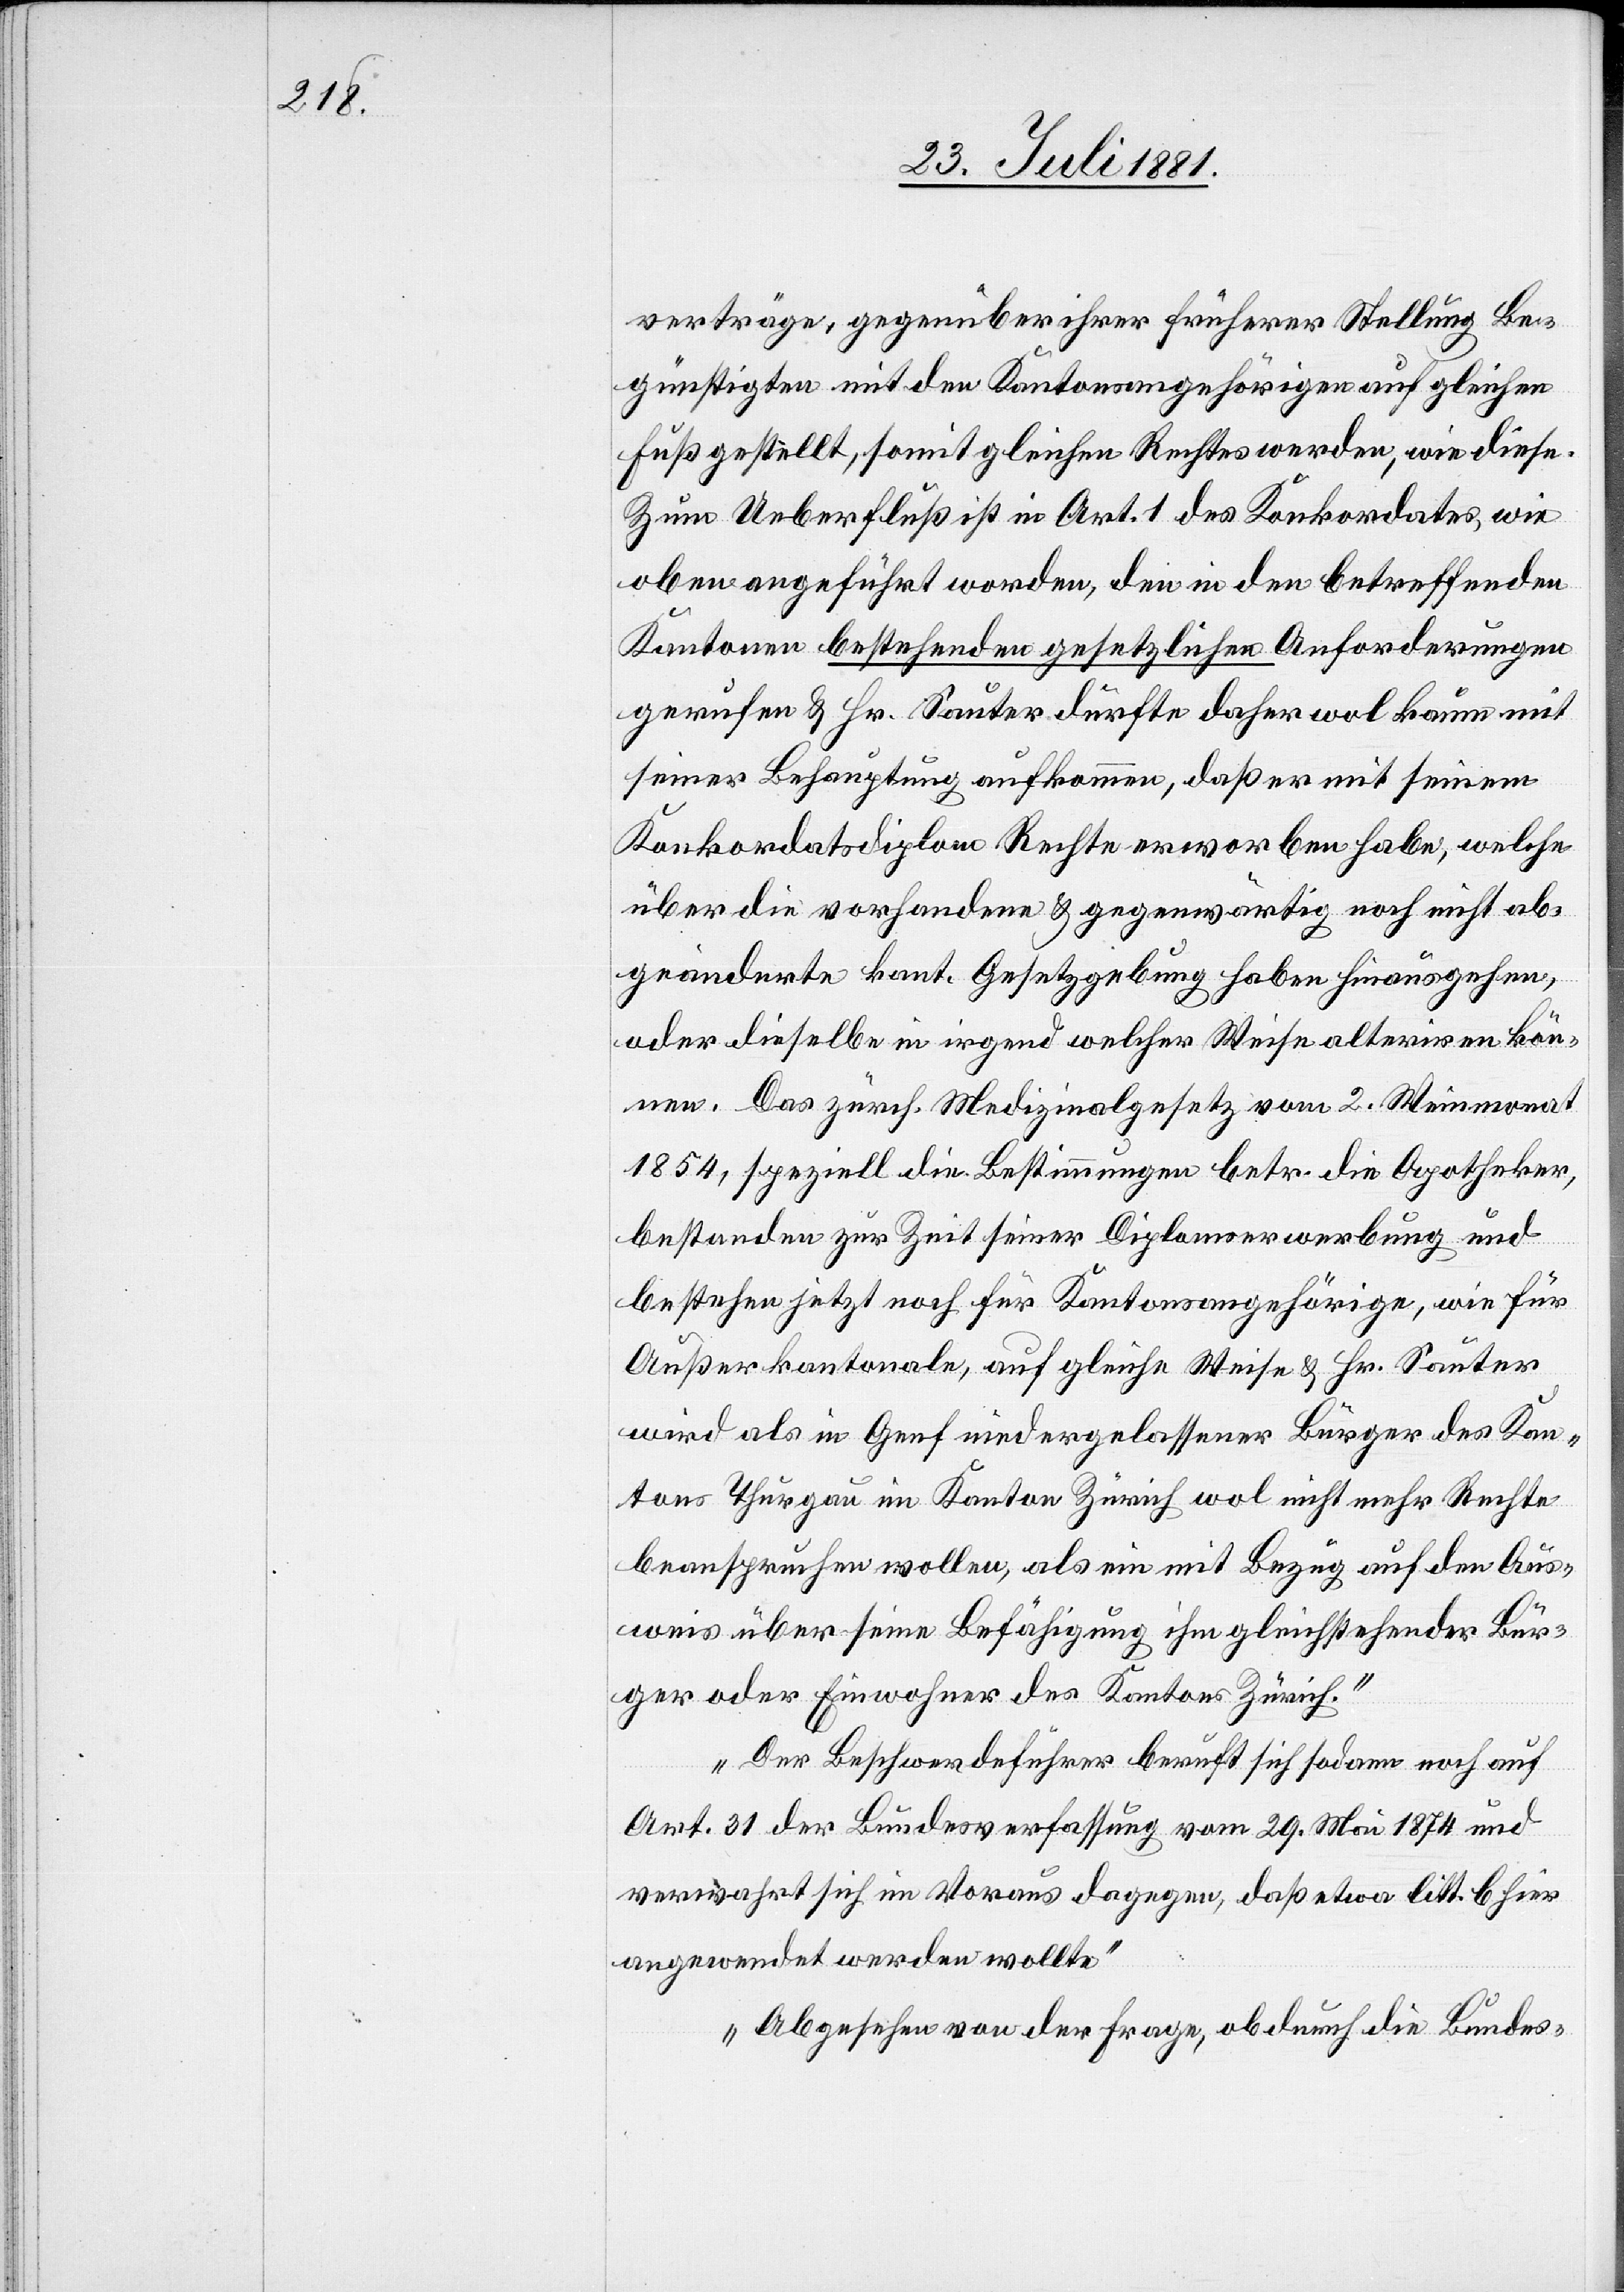
verträge, gegenüber ihrer früherer Stellung Be¬
günstigen mit den Kantonsangehörigen auf gleichen
Fuß gestellt, somit gleichen Rechtes werden, wie diese.
Zum Ueberfluß ist in Art. 1 des Konkordates, wie
oben angeführt worden, den in den betreffenden
Kantonen bestehenden gesetzlichen Anforderungen
gerufen & Hr. Sauter dürfte daher wol kaum mit
seiner Behauptung aufkommen, daß er mit seinem
Konkordatsdiplom Rechte erworben habe, welche
über die vorhandene & gegenwärtig noch nicht ab¬
geänderte kant. Gesetzgebung haben hinausgehen,
oder dieselbe in irgend welcher Weise alteriren kön¬
nen. Das zürch. Medizinalgesetz vom 2. Weinmonat
1854, speziell die Bestimmungen betr. die Apotheker,
bestandene zur Zeit seiner Diplomserwerbung und
bestehen jetzt noch für Kantonsangehörige, wie für
Außerkantonale, auf gleiche Weise & Hr. Sauter
wird als in Genf niedergelassener Bürger des Kan¬
tons Thurgau im Kanton Zürich wol nicht mehr Rechte
beanspruchen wollen, als ein mit Bezug auf den Aus¬
weis über seine Befähigung ihm gleichstehender Bür¬
ger oder Einwohner des Kantons Zürich.
Der Beschwerdeführer beruft sich sodann noch auf
Art. 31 der Bundesverfassung vom 29. Mai 1874 und
verwahrt sich im Voraus dagegen, daß etwa litt. b hier
angewendet werden wollte.
Abgesehen von der Frage, ob durch die Bundes-